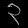
Digit: ၃